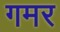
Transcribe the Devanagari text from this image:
गमर